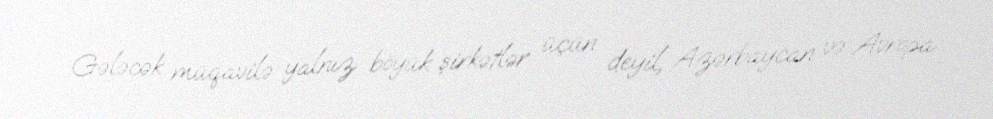
Gələcək müqavilə yalnız böyük şirkətlər üçün deyil, Azərbaycan və Avropa